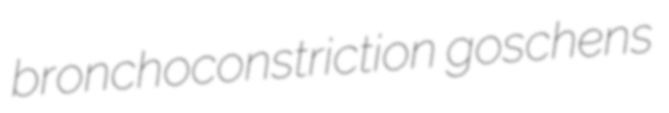
bronchoconstriction goschens